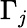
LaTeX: \Gamma_{\mathit{j}}